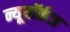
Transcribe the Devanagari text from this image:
न्यूयॉर्कज